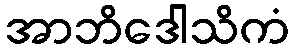
အာဘိဒေါသိကံ